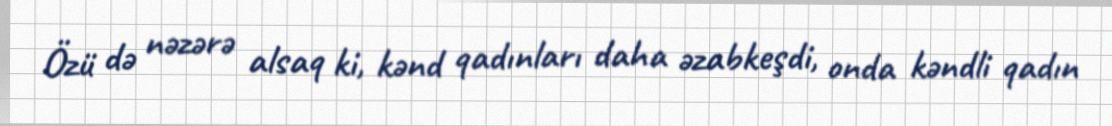
Özü də nəzərə alsaq ki, kənd qadınları daha əzabkeşdi, onda kəndli qadın